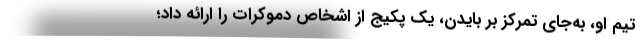
تیم او، به‌جای تمرکز بر بایدن، یک پکیج از اشخاص دموکرات را ارائه داد؛